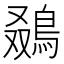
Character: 𬷒